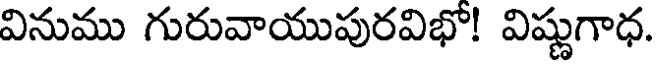
వినుము గురువాయుపురవిభో! విష్ణుగాధ.